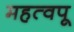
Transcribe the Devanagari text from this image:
महत्वपू